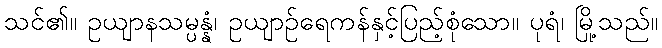
သင်၏။ ဥယျာနသမ္ပန္နံ၊ ဥယျာဉ်ရေကန်နှင့်ပြည့်စုံသော။ ပုရံ၊ မြို့သည်။